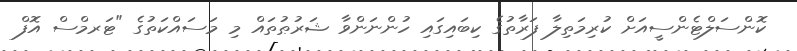
ކޮންސަލްޓެންސީއަށް ކުރިމަތިލާ ފަރާތުގެ ކިބައިގައި ހުންނަންވާ ޝަރުޠުތައް މި މަސައްކަތުގެ "ޓަރމްސް އޮފް